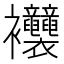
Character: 𧟞